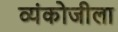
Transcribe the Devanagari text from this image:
व्यंकोजीला